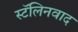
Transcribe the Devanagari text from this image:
स्टॅलिनवाद